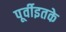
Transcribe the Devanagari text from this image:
पूर्वीइतके